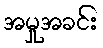
အမှုအခင်း